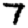
Digit: 7